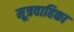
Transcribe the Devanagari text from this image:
मूत्रवाहिका